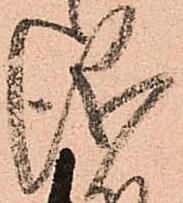
儀